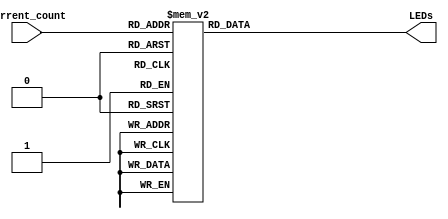
module decoder_5_bits(
  input [4:0] current_count,
  output reg [15:0] LEDs // register type
);
  always @* begin
    case(current_count) 
      5'd0:
        LEDs = 16'b0000_0000_0000_0000; // turn off all LEDs
      5'd1:
        LEDs = 16'b0000_0000_0000_0001; // turn on first LED
      5'd2:
        LEDs = 16'b0000_0000_0000_0011;
      5'd3:
        LEDs = 16'b0000_0000_0000_0111;
      5'd4:
        LEDs = 16'b0000_0000_0000_1111;
      5'd5:
        LEDs = 16'b0000_0000_0001_1111;
      5'd6:
        LEDs = 16'b0000_0000_0011_1111;
      5'd7:
        LEDs = 16'b0000_0000_0111_1111;
      5'd8:
        LEDs = 16'b0000_0000_1111_1111;
      5'd9:
        LEDs = 16'b0000_0001_1111_1111;
      5'd10:
        LEDs = 16'b0000_0011_1111_1111;
      5'd11:
        LEDs = 16'b0000_0111_1111_1111;
      5'd12:
        LEDs = 16'b0000_1111_1111_1111;
      5'd13:
        LEDs = 16'b0001_1111_1111_1111;
      5'd14:
        LEDs = 16'b0011_1111_1111_1111;
      5'd15:
        LEDs = 16'b0111_1111_1111_1111;
      5'd16:
        LEDs = 16'b1111_1111_1111_1111;  // turn on all LEDs
      default:
        LEDs = 16'b0000_0000_0000_0000; // Default value
    endcase
  end
endmodule